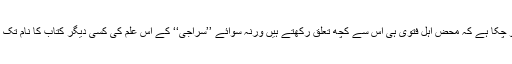
یہ علم ایسا یتیم ہو چکا ہے کہ محض اہل فتوی ہی اس سے کچھ تعلق رکھتے ہیں ورنہ سوائے ’’سراجی‘‘ کے اس علم کی کسی دیگر کتاب کا نام تک کوئی نہیں جانتا ۔